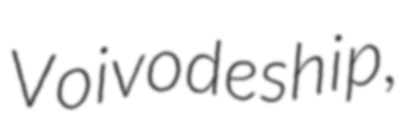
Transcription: Voivodeship,